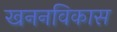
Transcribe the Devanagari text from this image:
खननविकास